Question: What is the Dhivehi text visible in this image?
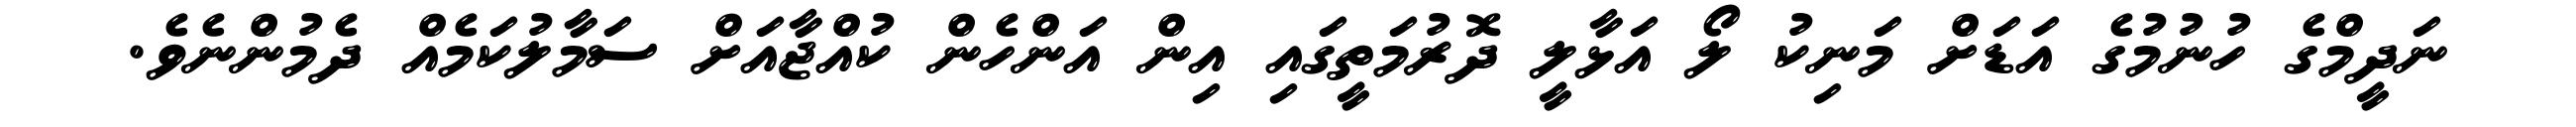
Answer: ނަދީމްގެ ހުނުމުގެ އަޑަށް މަނިކު ލޯ އަޅާލީ ދޮރުމަތީގައި އިން އަންހެން ކުއްޖާއަށް ސަމާލުކަމެއް ދެމުންނެވެ.